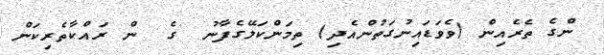
ންގެ ތެރެއިން (ވެވަޑައިނުގަތުންއެދި) ތިމަންކަލޭގެފާނު  ގެ  ން ރައްކާތެރިކަން